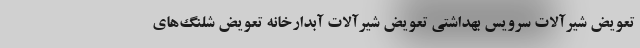
تعویض شیرآلات سرویس بهداشتی تعویض شیرآلات آبدارخانه تعویض شلنگ‌های